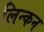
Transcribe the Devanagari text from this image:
लिन्कन